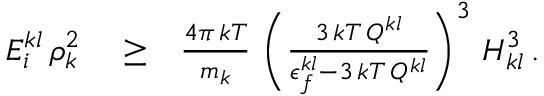
\begin{array} { r l r } { E _ { i } ^ { k l } \, \rho _ { k } ^ { 2 } } & { { } \ge } & { \frac { 4 \pi \, k T } { m _ { k } } \, \left( \frac { 3 \, k T \, Q ^ { k l } } { \epsilon _ { f } ^ { k l } - 3 \, k T \, Q ^ { k l } } \right) ^ { 3 } \, H _ { k l } ^ { 3 } \, . } \end{array}